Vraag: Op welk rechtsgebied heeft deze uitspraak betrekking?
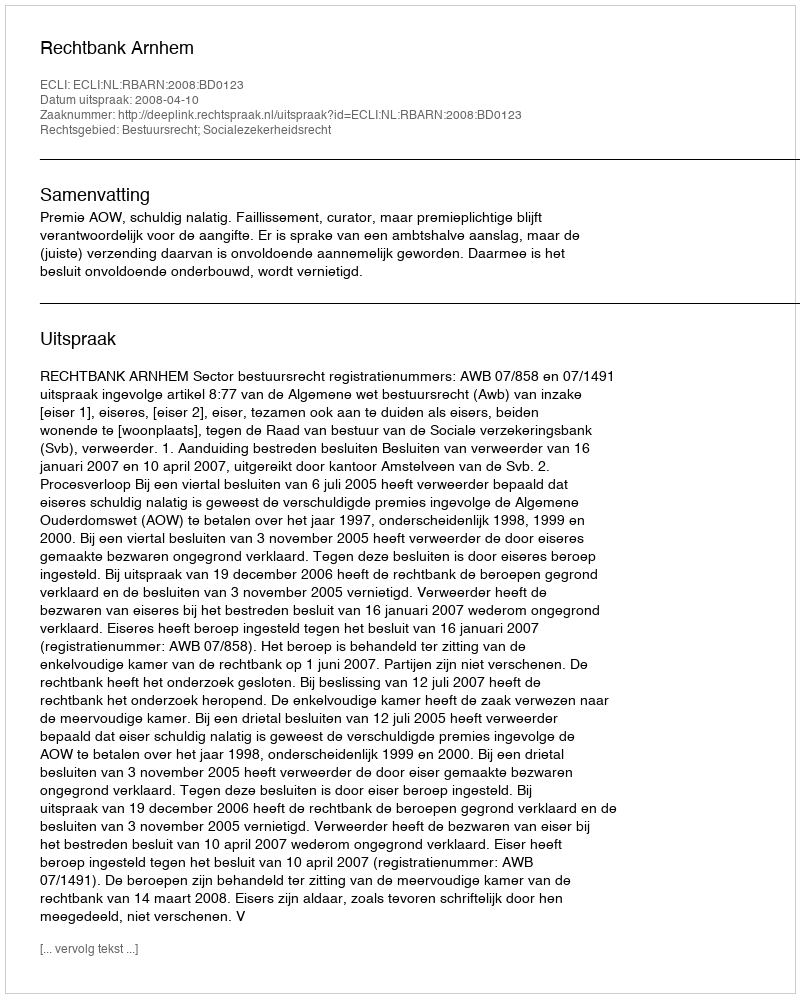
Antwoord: Bestuursrecht; Socialezekerheidsrecht